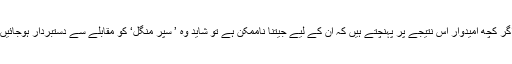
اگر کچھ امیدوار اس نتیجے پر پہنچتے ہیں کہ اُن کے لیے جیتنا ناممکن ہے تو شاید وہ ’ سپر منگل‘ کو مقابلے سے دستبردار ہوجائیں۔